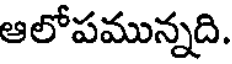
ఆలోపమున్నది.